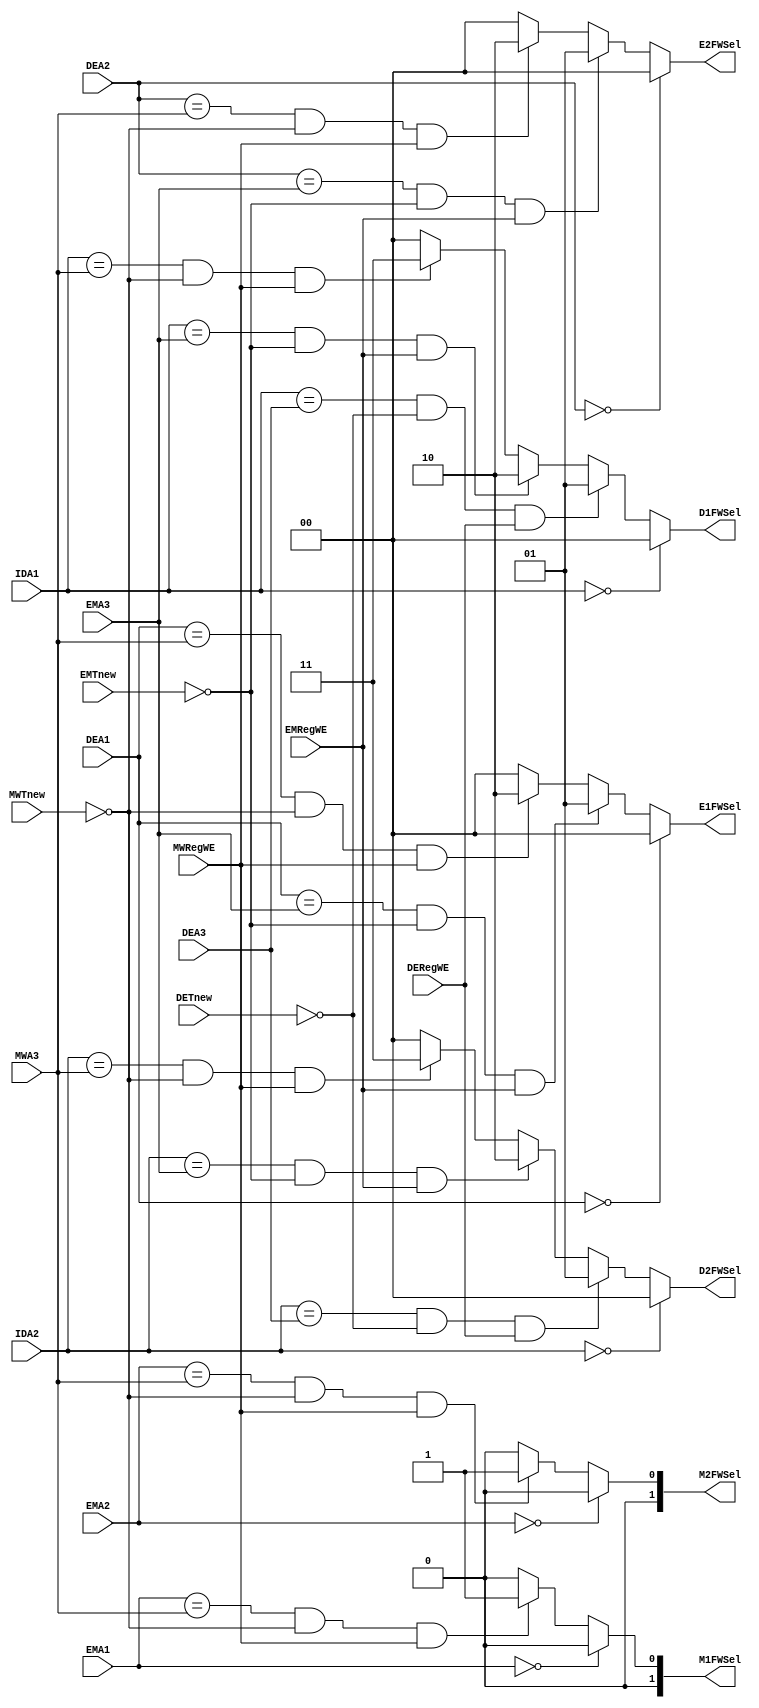
`timescale 1ns / 1ps
//////////////////////////////////////////////////////////////////////////////////
// Company: 
// Engineer: 
// 
// Design Name: 
// Module Name:    forward_controller 
// Project Name: 
// Target Devices: 
// Tool versions: 
// Description: 
//
// Dependencies: 
//
// Revision: 
// Revision 0.01 - File Created
// Additional Comments: 
//
//////////////////////////////////////////////////////////////////////////////////
module forward_controller(
    input [4:0] IDA1,
    input [4:0] IDA2,
	input [4:0] DEA1,
    input [4:0] DEA2,
    input [4:0] DEA3,
	input DERegWE,
    input [1:0] DETnew,
    input [4:0] EMA1,
    input [4:0] EMA2,
    input [4:0] EMA3,
	input EMRegWE,
    input [1:0] EMTnew,
//	input [4:0] MWA1,
//	input [4:0] MWA2,
    input [4:0] MWA3,
	input MWRegWE,
    input [1:0] MWTnew,
	output [1:0] D1FWSel,
	output [1:0] D2FWSel,
	output [1:0] E1FWSel,
	output [1:0] E2FWSel,
	output [1:0] M1FWSel,
	output [1:0] M2FWSel
	);
	
	assign D1FWSel=	IDA1==5'd0 ? 2'd0 :
					IDA1==DEA3&&DETnew==0&&DERegWE ? 2'd1 :
					IDA1==EMA3&&EMTnew==0&&EMRegWE ? 2'd2 :
					IDA1==MWA3&&MWTnew==0&&MWRegWE ? 2'd3 :
					2'd0;
	assign D2FWSel=	IDA2==5'd0 ? 2'd0 :
					IDA2==DEA3&&DETnew==0&&DERegWE ? 2'd1 :
					IDA2==EMA3&&EMTnew==0&&EMRegWE ? 2'd2 :
					IDA2==MWA3&&MWTnew==0&&MWRegWE ? 2'd3 :
					2'd0;
	assign E1FWSel=	DEA1==5'd0 ? 2'd0 :
					DEA1==EMA3&&EMTnew==0&&EMRegWE ? 2'd1 :
					DEA1==MWA3&&MWTnew==0&&MWRegWE ? 2'd2 :
					2'd0;
	assign E2FWSel=	DEA2==5'd0 ? 2'd0 :
					DEA2==EMA3&&EMTnew==0&&EMRegWE ? 2'd1 :
					DEA2==MWA3&&MWTnew==0&&MWRegWE ? 2'd2 :
					2'd0;
	assign M1FWSel=	EMA1==5'd0 ? 2'd0 :
					EMA1==MWA3&&MWTnew==0&&MWRegWE ? 2'd1 :
					2'd0;
	assign M2FWSel=	EMA2==5'd0 ? 2'd0 :
					EMA2==MWA3&&MWTnew==0&&MWRegWE ? 2'd1 :
					2'd0;	
	
endmodule